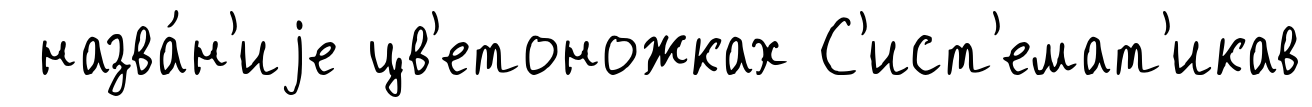
назва́н'иjе цв'етоножках С'ист'емат'икав